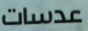
عدسات